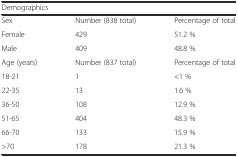
<table><thead><tr><td colspan="3"><b>Demographics</b></td></tr></thead><tbody><tr><td>Sex</td><td>Number (838 total)</td><td>Percentage of total</td></tr><tr><td>Female</td><td>429</td><td>51.2 %</td></tr><tr><td>Male</td><td>409</td><td>48.8 %</td></tr><tr><td>Age (years)</td><td>Number (837 total)</td><td>Percentage of total</td></tr><tr><td>18-21</td><td>1</td><td>&lt;1 %</td></tr><tr><td>22-35</td><td>13</td><td>1.6 %</td></tr><tr><td>36-50</td><td>108</td><td>12.9 %</td></tr><tr><td>51-65</td><td>404</td><td>48.3 %</td></tr><tr><td>66-70</td><td>133</td><td>15.9 %</td></tr><tr><td>&gt;70</td><td>178</td><td>21.3 %</td></tr></tbody></table>